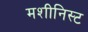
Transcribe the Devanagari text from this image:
मशीनिस्ट